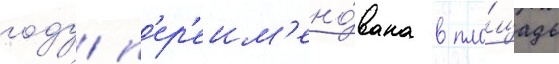
году п'ер'еим'ено́вана в пло́щадь